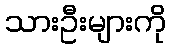
သားဦးများကို